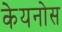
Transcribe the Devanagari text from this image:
केयनोस